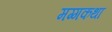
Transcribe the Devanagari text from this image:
मग्गकथा